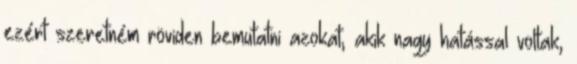
ezért szeretném röviden bemutatni azokat, akik nagy hatással voltak,